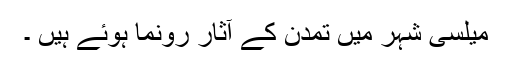
میلسی شہر میں تمدن کے آثار رونما ہوئے ہیں ۔